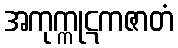
အကုက္ကုဋကဇာတံ